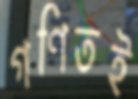
গণিতই